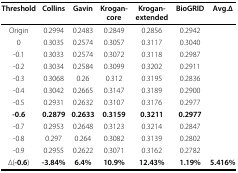
<table><thead><tr><td><b>Threshold</b></td><td><b>Collins</b></td><td><b>Gavin</b></td><td><b>Krogan-core</b></td><td><b>Krogan-extended</b></td><td><b>BioGRID</b></td><td><b>Avg.Δ</b></td></tr></thead><tbody><tr><td>Origin</td><td>0.2994</td><td>0.2483</td><td>0.2849</td><td>0.2856</td><td>0.2942</td><td></td></tr><tr><td>0</td><td>0.3035</td><td>0.2574</td><td>0.3057</td><td>0.3117</td><td>0.3040</td><td></td></tr><tr><td>-0.1</td><td>0.3033</td><td>0.2574</td><td>0.3072</td><td>0.3118</td><td>0.2987</td><td></td></tr><tr><td>-0.2</td><td>0.3034</td><td>0.2584</td><td>0.3099</td><td>0.3202</td><td>0.2911</td><td></td></tr><tr><td>-0.3</td><td>0.3068</td><td>0.26</td><td>0.312</td><td>0.3195</td><td>0.2836</td><td></td></tr><tr><td>-0.4</td><td>0.3042</td><td>0.2665</td><td>0.3147</td><td>0.3189</td><td>0.2900</td><td></td></tr><tr><td>-0.5</td><td>0.2931</td><td>0.2632</td><td>0.3107</td><td>0.3176</td><td>0.2977</td><td></td></tr><tr><td><b>-0.6</b></td><td><b>0.2879</b></td><td><b>0.2633</b></td><td><b>0.3159</b></td><td><b>0.3211</b></td><td><b>0.2977</b></td><td></td></tr><tr><td>-0.7</td><td>0.2953</td><td>0.2648</td><td>0.3123</td><td>0.3214</td><td>0.2847</td><td></td></tr><tr><td>-0.8</td><td>0.297</td><td>0.264</td><td>0.3082</td><td>0.3139</td><td>0.2802</td><td></td></tr><tr><td>-0.9</td><td>0.2955</td><td>0.2622</td><td>0.3071</td><td>0.3162</td><td>0.2782</td><td></td></tr><tr><td>Δ(<b>-0.6</b>)</td><td><b>-3.84%</b></td><td><b>6.4%</b></td><td><b>10.9%</b></td><td><b>12.43%</b></td><td><b>1.19%</b></td><td><b>5.416%</b></td></tr></tbody></table>